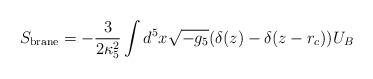
LaTeX: \begin{align*}S_{\rm brane}=-\frac{3}{2\kappa_5^2}\int d^5 x\sqrt {-g_5}(\delta(z)-\delta (z-r_c))U_B\end{align*}